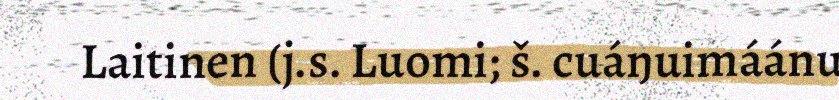
Laitinen (j.s. Luomi; š. cuáŋuimáánu